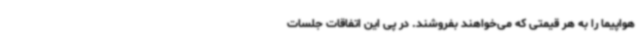
هواپیما را به هر قیمتی که می‌خواهند بفروشند. در پی این اتفاقات جلسات